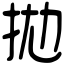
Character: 拋